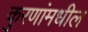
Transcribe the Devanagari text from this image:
कुरणांमधील